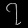
Digit: ၇